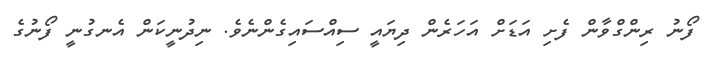
ފޯނު ރިންގްވާން ފެށި އަޑަށް އަހަރެން ދިޔައީ ސިއްސައިގެންނެވެ. ނިދުނީކަން އެނގުނީ ފޯނުގެ